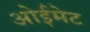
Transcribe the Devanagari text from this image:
ओईमेट